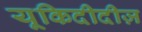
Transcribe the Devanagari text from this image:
यूकिदीदीज़